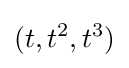
(t,t^{2},t^{3})